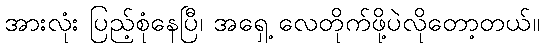
အားလုံး ပြည့်စုံနေပြီ၊ အရှေ့ လေတိုက်ဖို့ပဲလိုတော့တယ်။